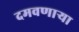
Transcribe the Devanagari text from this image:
दमवणाऱ्या